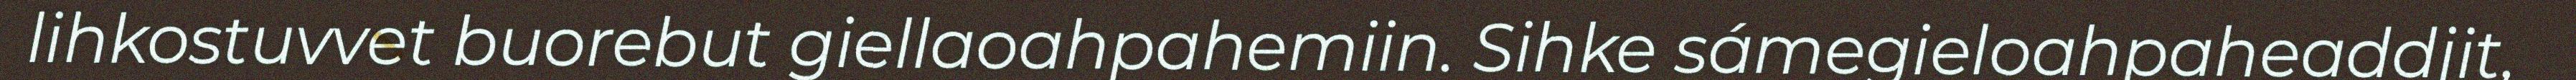
lihkostuvvet buorebut giellaoahpahemiin. Sihke sámegieloahpaheaddjit,